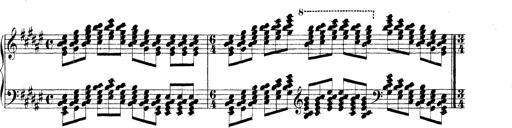
Title: Technische Studien
Composer: Franz Liszt